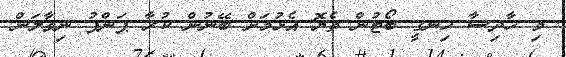
މި ހާދިސާ ހިނގީ ބޯޓުން ތެޔޮ އެޅުމަށް ބޭނުން ކުރާ ޕަންޕު ނިވާލަން